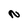
Character: N